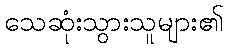
သေဆုံးသွားသူများ၏